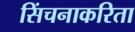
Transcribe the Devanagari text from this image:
सिंचनाकरिता